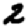
Digit: 2